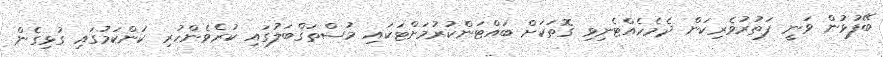
ބޭފުޅުން ވަނީ ފަތުރުވެރިކަން ދެމެހެއްޓެނިވި ގޮތަކަށް ބައްޓަންކުރުމަށްޓަކައި މުސްތަޤްބަލުގައި ކުރެވެންހުރި ކަންކަމުގައި ގުޅިގެން